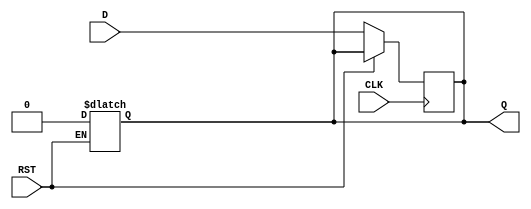
module input_register (
    input wire D,           // Data input
    input wire CLK,         // Clock input
    input wire RST,         // Asynchronous reset
    output reg Q            // Output register
);

// Asynchronous reset behavior
always @(*) begin
    if (RST) begin
        Q <= 1'b0;          // Reset output to zero
    end
end

// Synchronous data capture on the rising edge of the clock
always @(posedge CLK) begin
    if (!RST) begin
        Q <= D;            // Capture data on clock edge
    end
end

endmodule